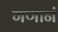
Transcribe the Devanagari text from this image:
गणानं